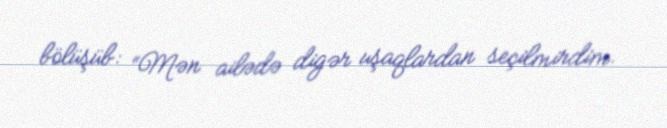
bölüşüb: “Mən ailədə digər uşaqlardan seçilmirdim.